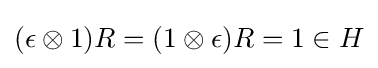
(\epsilon \otimes 1)R=(1\otimes \epsilon )R=1\in H